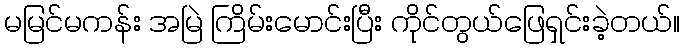
မမြင်မကန်း အမြဲ ကြိမ်းမောင်းပြီး ကိုင်တွယ်ဖြေရှင်းခဲ့တယ်။